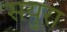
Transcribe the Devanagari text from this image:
सयुरा